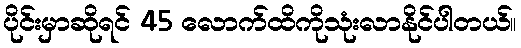
ပိုင်းမှာဆိုရင် 45 လောက်ထိကိုသုံးလာနိုင်ပါတယ်။